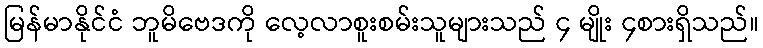
မြန်မာနိုင်ငံ ဘူမိဗေဒကို လေ့လာစူးစမ်းသူများသည် ၄ မျိုး ၄စားရှိသည်။